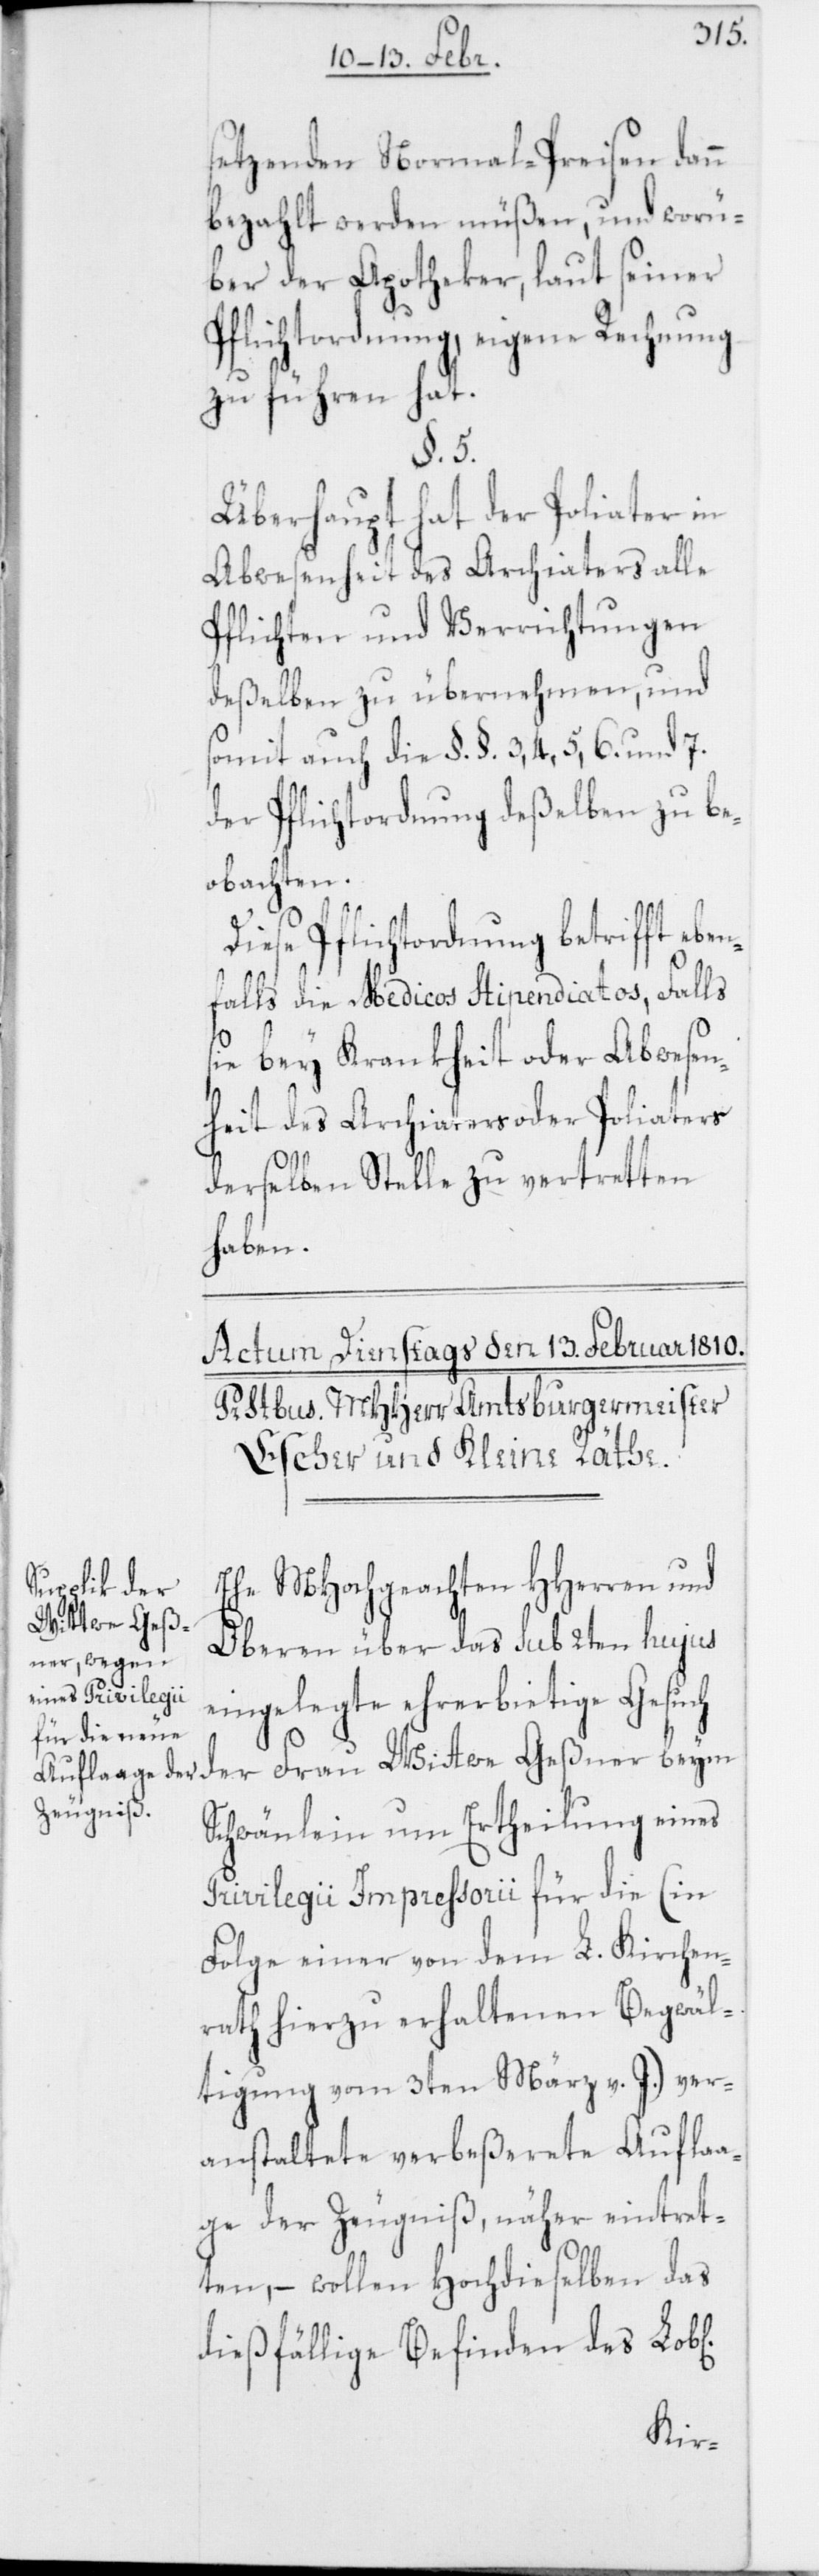
setzenden Normal-Preisen dann
bezahlt werden müßen, und worü¬
ber der Apotheker, laut seiner
Pflichtordnung, eigene Rechnung
zu führen hat.
§. 5.
Überhaupt hat der Poliater in
Abwesenheit des Archiaters alle
Pflichten und Verrichtungen
deßelben zu übernehmen, und
somit auch die §. §. 3, 4, 5, 6. und 7.
der Pflichtordnung deßelben zu be¬
obachten.
Diese Pflichtordnung betrifft ebe¬
nfalls die Medicos Stipendiatos, falls
sie bey Krankheit oder Abwesen¬
heit des Archiaters oder Poliaters
derselben Stelle zu vertretten
haben.
Ehe MHochgeachten HHerren und
Wittwe Geßner
Oberen über das sub 2ten hujus
eingelegte ehrerbietige Gesuch
Schwänlein um Ertheilung eines
Privilegii Impressorii für die (in
Folge einer von dem L. Kirchen¬
rath hierzu erhaltenen Begwäl¬
tigung vom 3ten März v. J.) ver¬
anstaltete verbeßerte Auflaa¬
ge der Zeugniß, näher eintret¬
ten, – wollen Hochdieselben das
dießfällige Befinden des Lob[l¬
ichen]